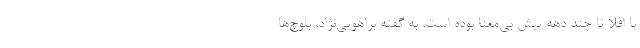
يا اقلا تا چند دهه پيش بي‌معنا بوده است، به گفته براهويي‌نژاد، بلوچ‌ها